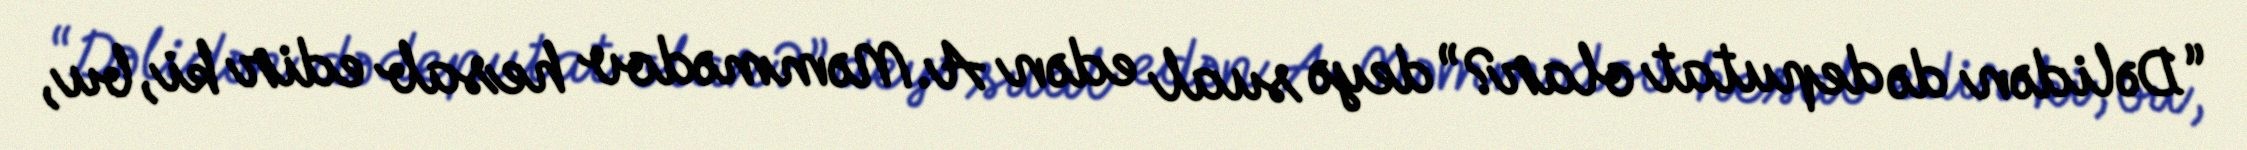
“Dəlidən də deputat olar?” deyə sual edən A.Məmmədov hesab edir ki, bu,